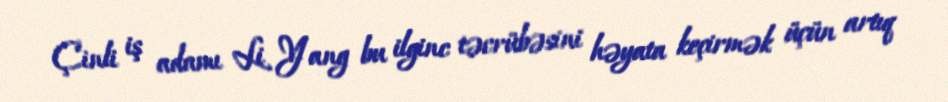
Çinli iş adamı Li Yang bu ilginc təcrübəsini həyata keçirmək üçün artıq